Report on vaccination proceedings throughout the Government of Bengal -
Year: 1868
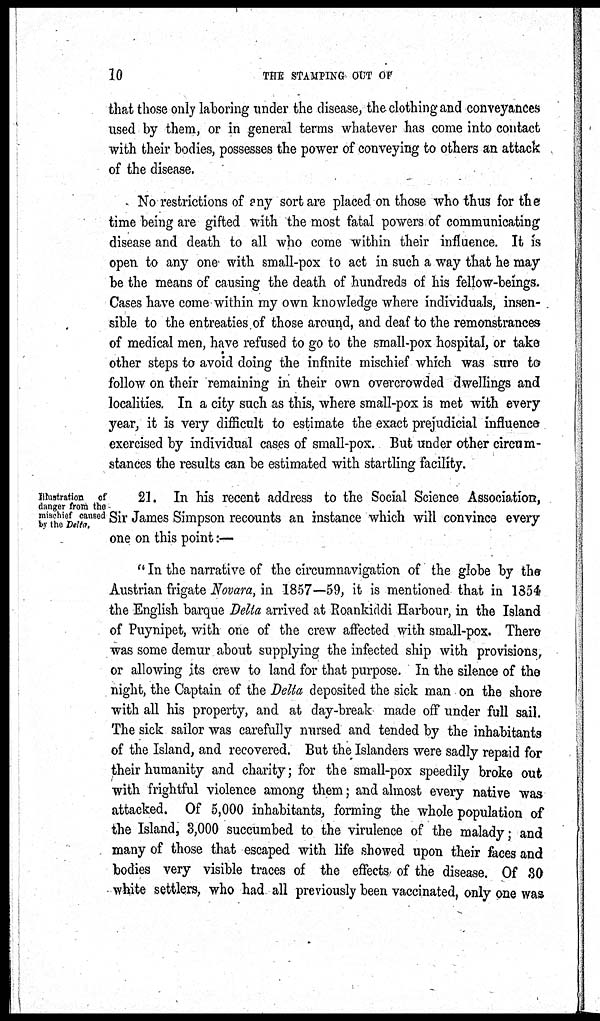
10
THE STAMPING OUT OF
that those only laboring under the disease, the clothing and conveyances
used by them, or in general terms whatever has come into contact
with their bodies, possesses the power of conveying to others an attack
of the disease.
No restrictions of any sort are placed on those who thus for the
time being are gifted with the most fatal powers of communicating
disease and death to all who come within their influence. It is
open to any one with small-pox to act in such a way that he may
be the means of causing the death of hundreds of his fellow-beings.
Cases have come within my own knowledge where individuals, insen-
sible to the entreaties of those around, and deaf to the remonstrances
of medical men, have refused to go to the small-pox hospital, or take
other steps to avoid doing the infinite mischief which was sure to
follow on their remaining in their own overcrowded dwellings and
localities. In a city such as this, where small-pox is met with every
year, it is very difficult to estimate the exact prejudicial influence
exercised by individual cases of small-pox. But under other circum-
stances the results can be estimated with startling facility.
Illustration of
danger from the
mischief caused
by the Ditto.
21. In his recent address to the Social Science Association,
Sir James Simpson recounts an instance which will convince every
one on this point:—
" In the narrative of the circumnavigation of the globe by the
Austrian frigate Novara, in 1857—59, it is mentioned that in 1854
the English barque Delta arrived at Roankiddi Harbour, in the Island
of Puynipet, with one of the crew affected with small-pox. There
was some demur about supplying the infected ship with provisions,
or allowing its crew to land for that purpose. In the silence of the
night, the Captain of the Delta deposited the sick man on the shore
with all his property, and at day-break made off under full sail.
The sick sailor was carefully nursed and tended by the inhabitants
of the Island, and recovered. But the Islanders were sadly repaid for
their humanity and charity; for the small-pox speedily broke out
with frightful violence among them; and almost every native was
attacked. Of 5,000 inhabitants, forming the whole population of
the Island, 3,000 succumbed to the virulence of the malady; and
many of those that escaped with life showed upon their faces and
bodies very visible traces of the effects of the disease. Of 30
white settlers, who had all previously been vaccinated, only one was